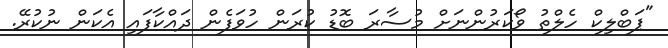
"ޕަބްލިކް ހެލްތު ވޯކަރުންނަށް މުސާރަ ބޮޑު ކުރަން ހުވަފެން ދައްކާފައި އެކަން ނުކުރޭ.